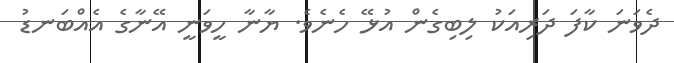
ދެވަނަ ކާފަ ދަރިއަކު ލިބިގެން އުޅޭ ހެނެވެ. ޔާނާ ހީވަނީ އޭނާގެ އެއްބަނޑު